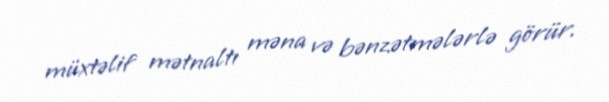
müxtəlif mətnaltı məna və bənzətmələrlə görür.